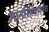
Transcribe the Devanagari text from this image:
मानसिंगापर्यंत